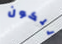
للكون